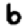
Digit: 6